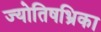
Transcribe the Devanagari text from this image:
ज्योतिषभ्रिका